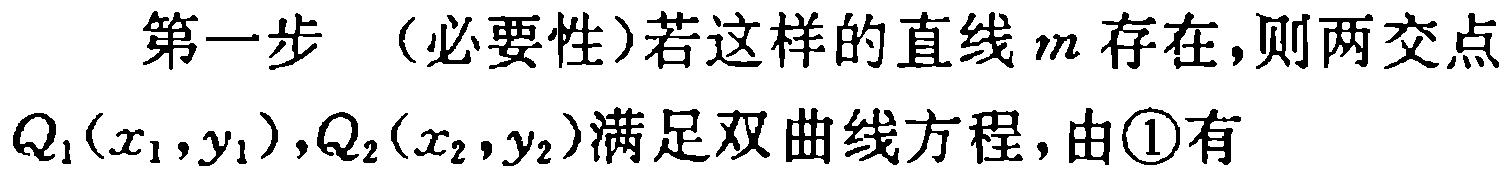
第一步 （必要性）若这样的直线\(m\)存在，则两交点\(Q_1(x_1,y_1),Q_2(x_2,y_2)\)满足双曲线方程，由\textcircled{1}有